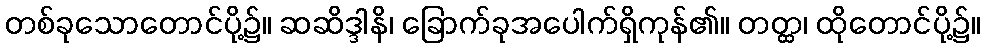
တစ်ခုသောတောင်ပို့၌။ ဆဆိဒ္ဒါနိ၊ ခြောက်ခုအပေါက်ရှိကုန်၏။ တတ္ထ၊ ထိုတောင်ပို့၌။